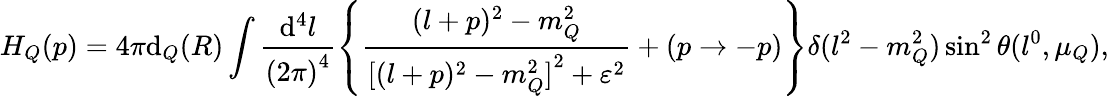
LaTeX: H_{Q}(p)=4\pi\mathrm{d}_{Q}(R)\int\frac{{\mathrm{d}^{4}l}}{{{(2\pi)}^{4}}}\left\{ \frac{{(l+p)^{2}-m_{Q}^{2}}}{{{[(l+p)^{2}-m_{Q}^{2}]}^{2}+\varepsilon^{2}}}+(p\to-p)\right\} \delta(l^{2}-m_{Q}^{2})\sin^{2}\theta(l^{0},\mu_{Q}),